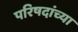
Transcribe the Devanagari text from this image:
परिषदांच्या